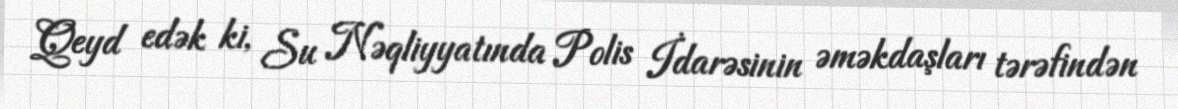
Qeyd edək ki, Su Nəqliyyatında Polis İdarəsinin əməkdaşları tərəfindən